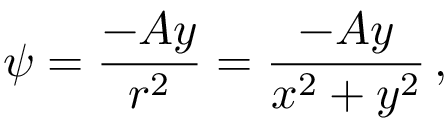
\psi = { \frac { - A y } { r ^ { 2 } } } = { \frac { - A y } { x ^ { 2 } + y ^ { 2 } } } \, ,